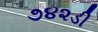
૭૪૨ડી